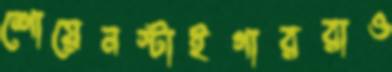
শোয়েনস্টাইগাররাও